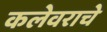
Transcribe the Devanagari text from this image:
कलेवराचे